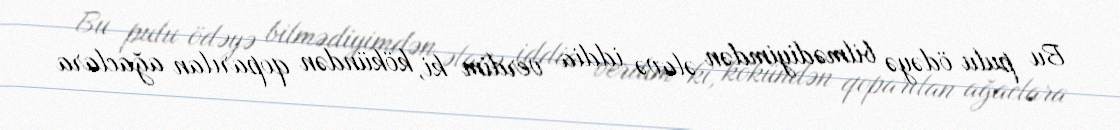
Bu pulu ödəyə bilmədiyimdən əlavə iddia verdim ki, kökündən qoparılan ağaclara